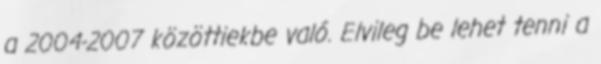
a 2004-2007 közöttiekbe való. Elvileg be lehet tenni a